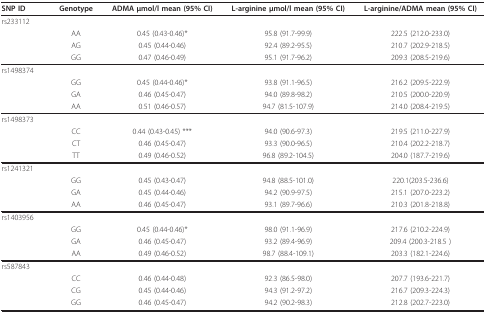
<table><thead><tr><td><b>SNP ID</b></td><td><b>Genotype</b></td><td><b>ADMA μmol/l mean (95% CI)</b></td><td><b>L-arginine μmol/l mean (95% CI)</b></td><td><b>L-arginine/ADMA mean (95% CI)</b></td></tr></thead><tbody><tr><td>rs233112</td><td></td><td></td><td></td><td></td></tr><tr><td></td><td>AA</td><td>0.45 (0.43-0.46)*</td><td>95.8 (91.7-99.9)</td><td>222.5 (212.0-233.0)</td></tr><tr><td></td><td>AG</td><td>0.45 (0.44-0.46)</td><td>92.4 (89.2-95.5)</td><td>210.7 (202.9-218.5)</td></tr><tr><td></td><td>GG</td><td>0.47 (0.46-0.49)</td><td>95.1 (91.7-96.2)</td><td>209.3 (208.5-219.6)</td></tr><tr><td>rs1498374</td><td></td><td></td><td></td><td></td></tr><tr><td></td><td>GG</td><td>0.45 (0.44-0.46)*</td><td>93.8 (91.1-96.5)</td><td>216.2 (209.5-222.9)</td></tr><tr><td></td><td>GA</td><td>0.46 (0.45-0.47)</td><td>94.0 (89.8-98.2)</td><td>210.5 (200.0-220.9)</td></tr><tr><td></td><td>AA</td><td>0.51 (0.46-0.57)</td><td>94.7 (81.5-107.9)</td><td>214.0 (208.4-219.5)</td></tr><tr><td>rs1498373</td><td></td><td></td><td></td><td></td></tr><tr><td></td><td>CC</td><td>0.44 (0.43-0.45) ***</td><td>94.0 (90.6-97.3)</td><td>219.5 (211.0-227.9)</td></tr><tr><td></td><td>CT</td><td>0.46 (0.45-0.47)</td><td>93.3 (90.0-96.5)</td><td>210.4 (202.2-218.7)</td></tr><tr><td></td><td>TT</td><td>0.49 (0.46-0.52)</td><td>96.8 (89.2-104.5)</td><td>204.0 (187.7-219.6)</td></tr><tr><td>rs1241321</td><td></td><td></td><td></td><td></td></tr><tr><td></td><td>GG</td><td>0.45 (0.43-0.47)</td><td>94.8 (88.5-101.0)</td><td>220.1(203.5-236.6)</td></tr><tr><td></td><td>GA</td><td>0.45 (0.44-0.46)</td><td>94.2 (90.9-97.5)</td><td>215.1 (207.0-223.2)</td></tr><tr><td></td><td>AA</td><td>0.46 (0.45-0.47)</td><td>93.1 (89.7-96.6)</td><td>210.3 (201.8-218.8)</td></tr><tr><td>rs1403956</td><td></td><td></td><td></td><td></td></tr><tr><td></td><td>GG</td><td>0.45 (0.44-0.46)*</td><td>98.0 (91.1-96.9)</td><td>217.6 (210.2-224.9)</td></tr><tr><td></td><td>GA</td><td>0.46 (0.45-0.47)</td><td>93.2 (89.4-96.9)</td><td>209.4 (200.3-218.5 )</td></tr><tr><td></td><td>AA</td><td>0.49 (0.46-0.52)</td><td>98.7 (88.4-109.1)</td><td>203.3 (182.1-224.6)</td></tr><tr><td>rs587843</td><td></td><td></td><td></td><td></td></tr><tr><td></td><td>CC</td><td>0.46 (0.44-0.48)</td><td>92.3 (86.5-98.0)</td><td>207.7 (193.6-221.7)</td></tr><tr><td></td><td>CG</td><td>0.45 (0.44-0.46)</td><td>94.3 (91.2-97.2)</td><td>216.7 (209.3-224.3)</td></tr><tr><td></td><td>GG</td><td>0.46 (0.45-0.47)</td><td>94.2 (90.2-98.3)</td><td>212.8 (202.7-223.0)</td></tr></tbody></table>